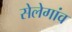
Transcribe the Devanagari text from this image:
सेलेगांव